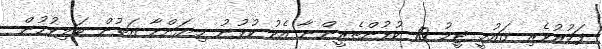
ފަޚުރުވެރި ގައުމީ ޓީމު 10 ކުޅުންތެރީންނާ އެކު ކުޅުނު މިޔަންމާ އަތުން ބަލިވުމުން